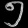
Digit: ၅